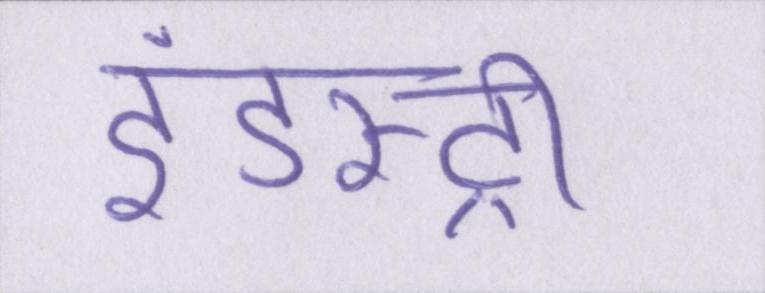
इंडस्ट्री